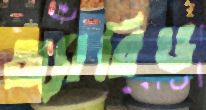
অ্যারিড